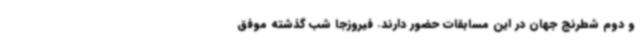
و دوم شطرنج جهان در این مسابقات حضور دارند. فیروزجا شب گذشته موفق